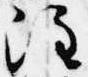
注